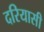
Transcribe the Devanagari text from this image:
दरियासी